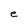
Character: e